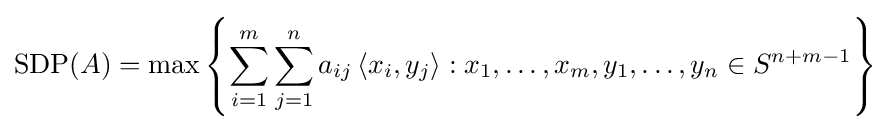
{\text{SDP}}(A)=\max \left\{\sum _{i=1}^{m}\sum _{j=1}^{n}a_{ij}\left\langle x_{i},y_{j}\right\rangle :x_{1},\ldots ,x_{m},y_{1},\ldots ,y_{n}\in S^{n+m-1}\right\}